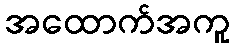
အထောက်အကူ